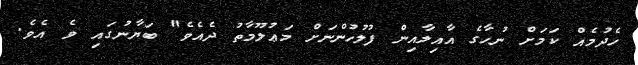
ހެދުމެއް ކަމަށް ނުހާގެ އާއިލާއިން ފުލުހުންނަށް މަޢުލޫމާތު ދެއެވެ" ބަޔާނުގައި ވެ އެވެ.